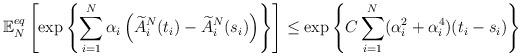
LaTeX: \begin{align*}\mathbb{E}_{N}^{eq}\left[\exp\left\{ \sum_{i=1}^{N}\alpha_{i}\left(\widetilde{A}_{i}^{N}(t_{i})-\widetilde{A}_{i}^{N}(s_{i})\right)\right\} \right]\le\exp\left\{ C\sum_{i=1}^{N}(\alpha_{i}^{2}+\alpha_{i}^{4})(t_{i}-s_{i})\right\} \end{align*}